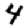
Digit: 4